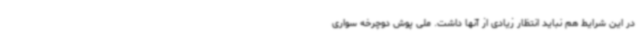
در این شرایط هم نباید انتظار زیادی از آنها داشت. ملی پوش دوچرخه سواری